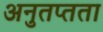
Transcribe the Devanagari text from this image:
अनुतप्तता